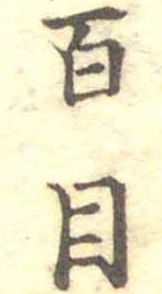
百目